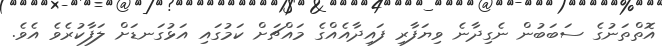
އޮތްތަނުގެ ސަބަބުން ނެގިދާނެ ވިޔަފާރި ފައިދާއެއްގެ މައްޗަށް ކަމުގައި އަޅުގަނޑަށް ލަފާކުރެވެ އެވެ.